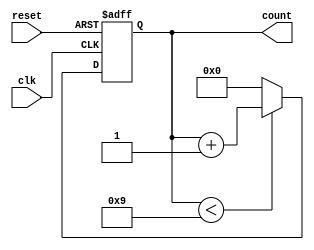
module bcd_counter (
    input wire clk,        // Clock signal
    input wire reset,      // Asynchronous reset signal
    output reg [3:0] count // 4-bit output for BCD count
);

// Always block for synchronous logic
always @(posedge clk or posedge reset) begin
    if (reset) begin
        count <= 4'b0000; // Reset count to 0
    end else begin
        if (count < 4'b1001) begin
            count <= count + 1; // Increment count
        end else begin
            count <= 4'b0000; // Reset count to 0 after reaching 9
        end
    end
end

endmodule